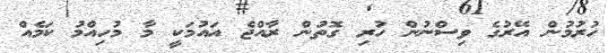
ހުރުމުން އޭރުގެ ވިސްނުން ހުރި ގޮތުން ރާއްޖެ އައުމަކީ މާ މުހިއްމު ކަމެއް